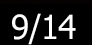
9/14